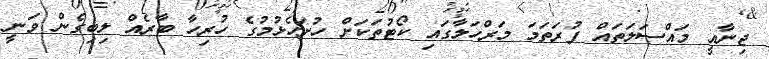
ޖިނާއީ މައްސަލަތައް ފުރަތަމަ މަރްހަލާގައި ކޯޓުތަކަށް ހުށަހެޅުމުގެ ހުރިހާ ބާރެއް ލިބިގެން ވަނީ